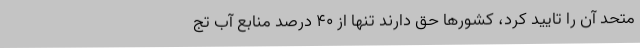
متحد آن را تایید کرد، کشورها حق دارند تنها از ۴۰ درصد منابع آب تج